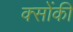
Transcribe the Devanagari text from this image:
क्सोंकी